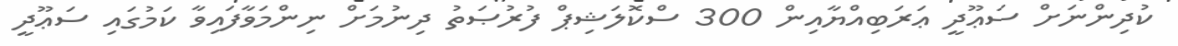
ކުދިންނަށް ސަޢޫދީ ޢަރަބިއްޔާއިން 300 ސްކޮލަޝިޕް ފުރުޞަތު ދިނުމަށް ނިންމަވާފައިވާ ކަމުގައި ސަޢޫދީ